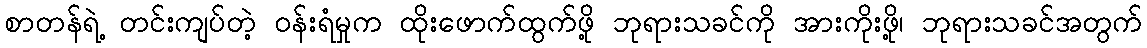
စာတန်ရဲ့ တင်းကျပ်တဲ့ ဝန်းရံမှုက ထိုးဖောက်ထွက်ဖို့ ဘုရားသခင်ကို အားကိုးဖို့၊ ဘုရားသခင်အတွက်